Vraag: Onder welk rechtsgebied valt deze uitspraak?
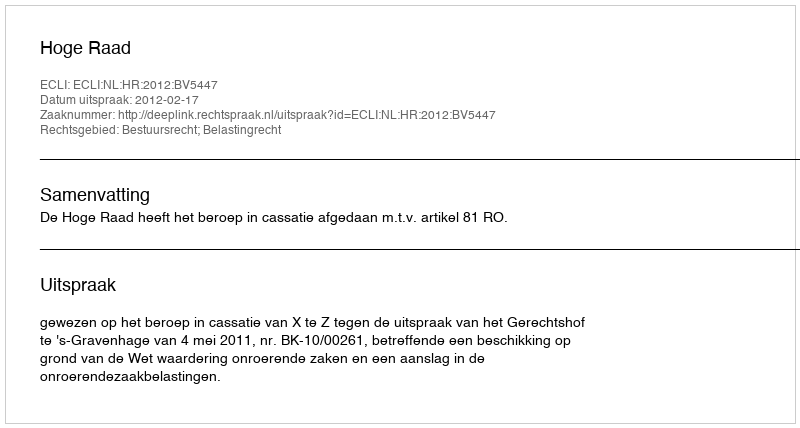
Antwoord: Bestuursrecht; Belastingrecht